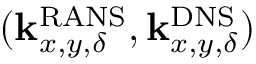
( \mathbf { k } _ { x , y , \delta } ^ { \mathrm { R A N S } } , \mathbf { k } _ { x , y , \delta } ^ { \mathrm { D N S } } )